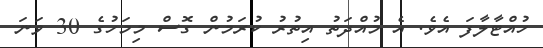
ހުއްޓާލާފަ އެވެ. އެ މުއްދަތު އިތުރު ކުރަމުން ގޮސް މިމަހުގެ 30 ވަނަ